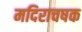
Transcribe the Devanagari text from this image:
मदिराचषक